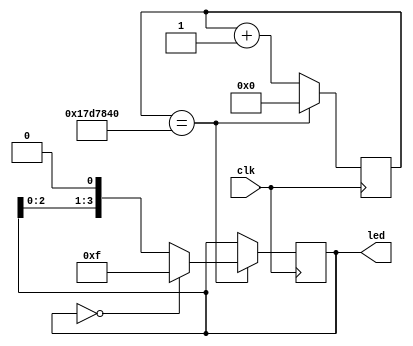
/*******************************************************************
**FPGA
**www.OurFPGA.com
**OurFPGA.taobao.com
**: OurFPGA@gmail.com
**FPGA
*************************************************************
**   2011.06.07
**     version 1.0
**   led
********************************************************************/


module led_water(led,clk);// 
output[3:0]led;				// 
input clk; // 50M 
reg[3:0] led;//led_out 
//reg[4:0] led1;//led_out 
reg[24:0] counter;//led_out 

always@(posedge clk)
begin
    counter<=counter+1;
	if(counter==25'd25000000)
	begin
		led<=led<<1;// led 0 
		counter<=0;//0
		if(led==8'b0000)//,,80
		led<=8'b1111;//1,
	end
	
end
endmodule